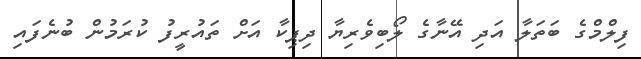
ފިލްމްގެ ބަތަލާ އަދި އޭނާގެ ލޯބިވެރިޔާ ދިޕިކާ އަށް ތައުރީފު ކުރަމުން ބުނެފައި